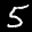
Label: 5